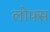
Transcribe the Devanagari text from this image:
लोफ्स